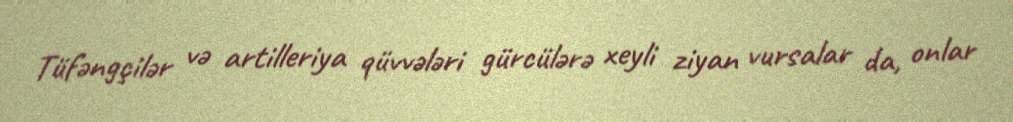
Tüfəngçilər və artilleriya qüvvələri gürcülərə xeyli ziyan vursalar da, onlar